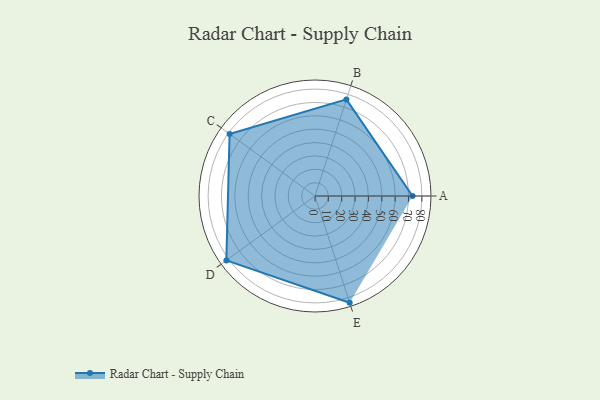
{"axis": {"x": "Skill", "y": "Score"}, "legend": ["Profile"], "data": [{"x": "A", "y": 73.0, "type": "Profile"}, {"x": "B", "y": 76.0, "type": "Profile"}, {"x": "C", "y": 79.0, "type": "Profile"}, {"x": "D", "y": 82.0, "type": "Profile"}, {"x": "E", "y": 84.0, "type": "Profile"}]}